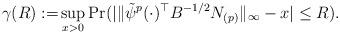
LaTeX: \begin{align*}\gamma(R):=&\sup_{x > 0} \Pr ( | \| \tilde{\psi}^{p}(\cdot)^{\top}B^{-1/2}N_{(p)} \|_{\infty} -x | \leq R ).\end{align*}